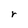
Character: r